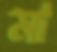
মা